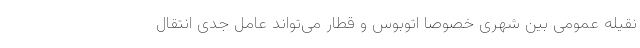
نقیله عمومی بین شهری خصوصا اتوبوس و قطار می‌تواند عامل جدی انتقال